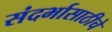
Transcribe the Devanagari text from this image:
संदर्भासाठीचे